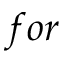
f o r